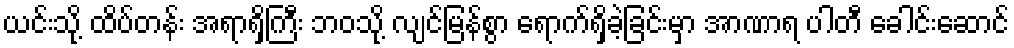
ယင်းသို့ ထိပ်တန်း အရာရှိကြီး ဘဝသို့ လျင်မြန်စွာ ရောက်ရှိခဲ့ခြင်းမှာ အာဏာရ ပါတီ ခေါင်းဆောင်